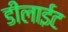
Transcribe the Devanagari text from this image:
डीलाईट